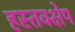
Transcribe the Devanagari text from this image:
हस्तक्क्षेप